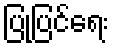
ပြုပြင်ရေး